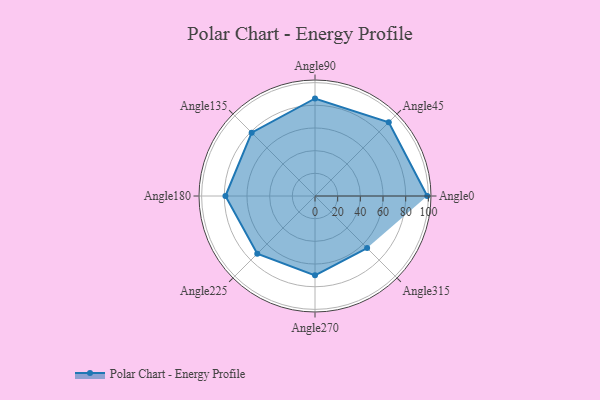
{"axis": {"x": "Angle", "y": "Radius"}, "legend": [""], "data": [{"x": "Angle0", "y": 99.0, "type": ""}, {"x": "Angle45", "y": 92.0, "type": ""}, {"x": "Angle90", "y": 86.0, "type": ""}, {"x": "Angle135", "y": 79.0, "type": ""}, {"x": "Angle180", "y": 79.0, "type": ""}, {"x": "Angle225", "y": 72.0, "type": ""}, {"x": "Angle270", "y": 70.0, "type": ""}, {"x": "Angle315", "y": 65.0, "type": ""}]}